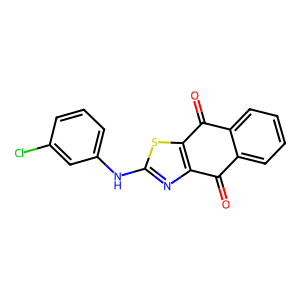
SMILES: O=C1c2ccccc2C(=O)c2sc(Nc3cccc(Cl)c3)nc21
Inhibits HIV replication: No